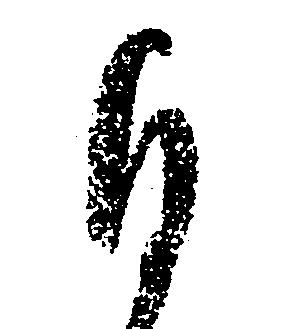
ひ